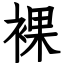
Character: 裸